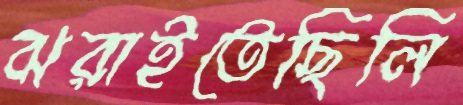
ঝরাইতেছিলি